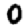
Digit: 0